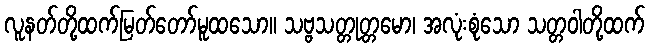
လူနတ်တို့ထက်မြတ်တော်မူထသော။ သဗ္ဗသတ္တုတ္တမော၊ အလုံးစုံသော သတ္တဝါတို့ထက်